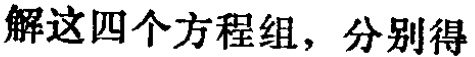
解这四个方程组，分别得